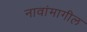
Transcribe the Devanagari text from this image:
नावांमागील